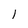
Character: 1